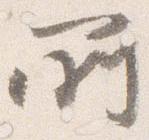
所